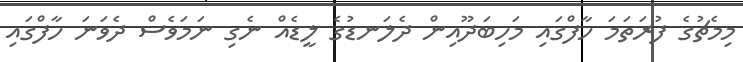
މިމެޗުގެ ފުރަތަމަ ހާފްގައި މަހިބަދޫއިން ދެލަނޑުގެ ލީޑެއް ނެގި ނަމަވެސް ދެވަނަ ހާފްގައި